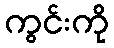
ကွင်းကို